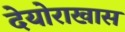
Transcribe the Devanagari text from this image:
देयोराखास